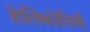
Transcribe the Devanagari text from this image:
हेलिकोनिनी